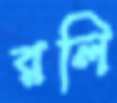
রলি